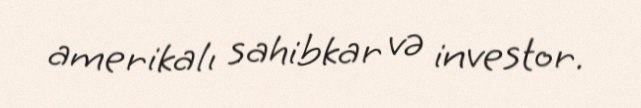
amerikalı sahibkar və investor.